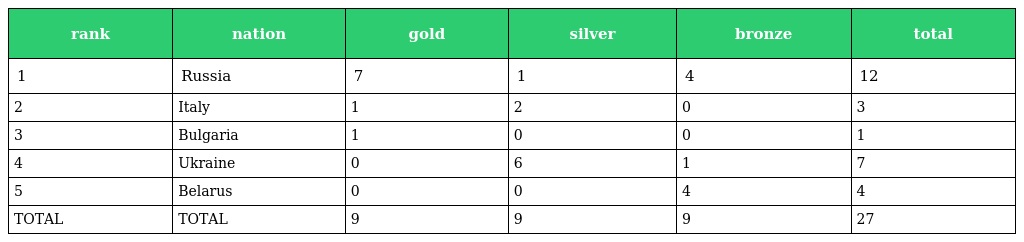
| rank | nation | gold | silver | bronze | total |
 | --- | --- | --- | --- | --- | --- |
 | 1 | Russia | 7 | 1 | 4 | 12 |
 | 2 | Italy | 1 | 2 | 0 | 3 |
 | 3 | Bulgaria | 1 | 0 | 0 | 1 |
 | 4 | Ukraine | 0 | 6 | 1 | 7 |
 | 5 | Belarus | 0 | 0 | 4 | 4 |
 | TOTAL | TOTAL | 9 | 9 | 9 | 27 |